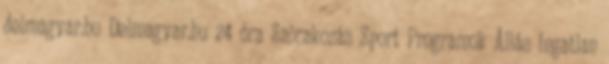
delmagyar.hu Delmagyar.hu 24 óra Szórakozás Sport Programok Állás Ingatlan